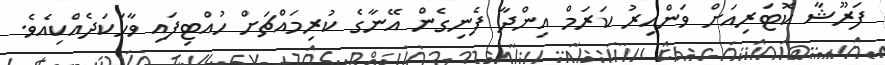
ފަރޫޝާ ކޮޓަރިއަށް ވަންއިރު ކަރަމް އިންދާ ފެނިގެން އޭނާގެ ކުރިމައްޗަށް ހުއްޓިފައި ވާހަކަދެއްކިއެވެ.